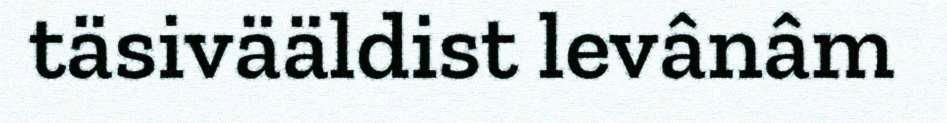
täsivääldist levânâm